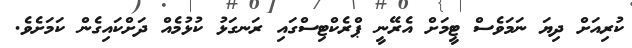
ކުރިއަށް ދިޔަ ނަމަވެސް ޓީމަށް އެރޭނީ ޕްރެކްޓިސްގައި ރަނގަޅު ކުޅުމެއް ދަށްކައިގެން ކަމަށެވެ.